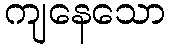
ကျနေသော